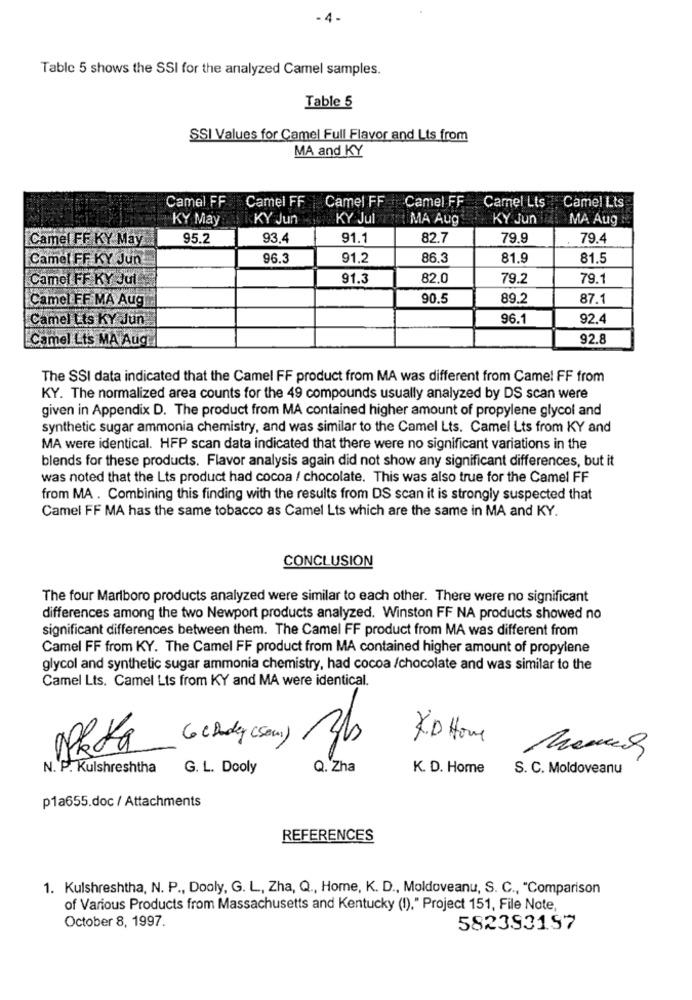
Table 5 shows the SSI for the analyzed Camel samples.
Table 5
SSI Values for Camel Full Flavor and Lts from
MA and KY
Camel FF
Camel FF
Camel FF
Camel FF
Camel Lts
Camel Lts
KY May
KY Jun
KY Jul
MA Aug
KY Jun
MA Aug
Camel FF KY May
95.2
93.4
91.1
82.7
79.9
79.4
Camel FF KY Jun
96.3
91.2
86.3
81.9
81.5
Camel FF KY Jul
91.3
82.0
79.2
79.1
Camel FF MA Aug
90.5
89.2
87.1
Camel Lts KY Jun
96.1
92.4
Camel Lts MA Aug.
92.8
The SSI data indicated that the Camel FF product from MA was different from Came! FF from
KY. The normalized area counts for the 49 compounds usually analyzed by DS scan were
given in Appendix D. The product from MA contained higher amount of propylene glycol and
synthetic sugar ammonia chemistry, and was similar to the Camel Lts. Camel Lts from KY and
MA were identical. HFP scan data indicated that there were no significant variations in the
blends for these products. Flavor analysis again did not show any significant differences, but it
was noted that the Lts product had cocoa / chocolate. This was also true for the Camel FF
from MA . Combining this finding with the results from DS scan it is strongly suspected that
Camel FF MA has the same tobacco as Camel Lts which are the same in MA and KY.
CONCLUSION
The four Marlboro products analyzed were similar to each other. There were no significant
differences among the two Newport products analyzed. Winston FF NA products showed no
significant differences between them. The Camel FF product from MA was different from
Camel FF from KY. The Camel FF product from MA contained higher amount of propylene
glycol and synthetic sugar ammonia chemistry, had cocoa /chocolate and was similar to the
Camel Lts. Camel Lts from KY and MA were identical.
3b
KD Home
Go chudy ( Som )
N. P. Kulshreshtha
G. L. Dooly
Q. Zha
K. D. Home
S. C. Moldoveanu
p1a655.doc / Attachments
REFERENCES
1. Kulshreshtha, N. P ., Dooly, G. L, Zha, Q ., Home, K. D ., Moldoveanu, S. C ., "Comparison
of Various Products from Massachusetts and Kentucky (1)," Project 151, File Note,
October 8, 1997.
582393157